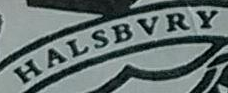
HALSBVRY